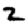
Digit: 2